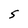
Character: S